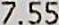
7.55